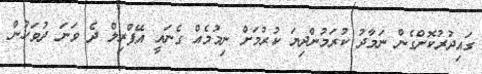
ގައިދުރުކޮށްގެން ނަމާދު ކުރަމުންދިޔަ ކުރުމަށް ނިމުމެއް ގެނައީ އޭޕްރިލް ދެ ވަނަ ދުވަހުން